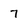
Character: 7